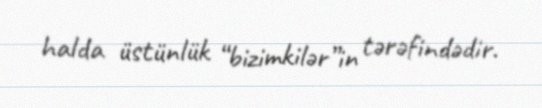
halda üstünlük “bizimkilər”in tərəfindədir.